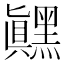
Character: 𬹙